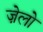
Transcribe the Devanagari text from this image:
ज़ेलो